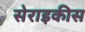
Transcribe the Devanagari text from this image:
सेराइकीस